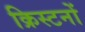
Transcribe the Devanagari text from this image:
क्रिस्टनों